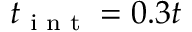
t _ { \textrm { i n t } } = 0 . 3 t